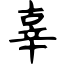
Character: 辜